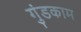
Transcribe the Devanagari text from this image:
गुंडकाम